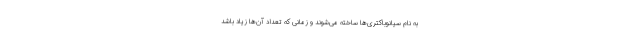
به نام سیانوباکتری‌ها ساخته می‌شوند و زمانی که تعداد آن‌ها زیاد باشد